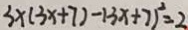
3 x ( 3 x + 7 ) - ( 3 x + 7 ) ^ { 2 } = 2